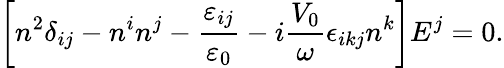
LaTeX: \left[n^{2}\delta_{ij}-n^{i}n^{j}-\frac{{\varepsilon}_{ij}}{\varepsilon_{0}}-i\frac{V_{0}}{\omega}\epsilon_{ikj}n^{k}\right]{E}^{j}=0.